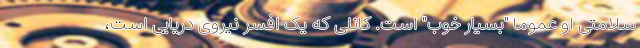
سلامتی او عموما "بسیار خوب" است. کانلی که یک افسر نیروی دریایی است،